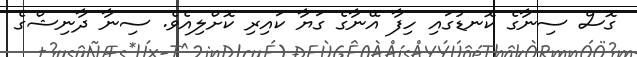
ގޮސް ސިނާގެ ކޮނޑުގައި ހިފާ އޭނާގެ ގަޔާ ކައިރި ކޮށްލިއެވެ. ސިނާ ދާާނިޝްގެ